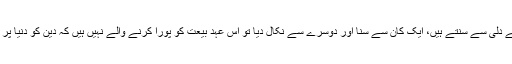
اگر ہم میں سے بعض لوگ یا خطبات اور تقاریر نہیں سنتے یا سنتے ہیں اور بے دلی سے سنتے ہیں، ایک کان سے سنا اور دوسرے سے نکال دیا تو اُس عہدِ بیعت کو پورا کرنے والے نہیں ہیں کہ دین کو دنیا پر مقدم رکھوں گا، جو بھی معروف فیصلہ فرمائیں گے، اُ س کی پابندی کروں گا۔